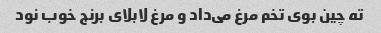
ته چین بوی تخم مرغ می‌داد و مرغ لابلای برنج خوب نود